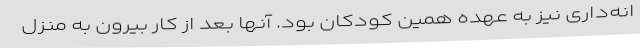
انه‌داری نیز به عهده همین کودکان بود. آنها بعد از کار بیرون به منزل